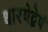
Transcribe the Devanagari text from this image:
धारयेद्वेषं